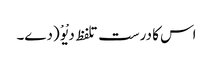
اس کا درست تلفظ دیْوْ (دے۔